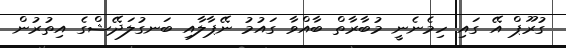
ގުރޫޕް އޭ ގައި ހިމެނެނީ މުބާރާތް ބާއްވާ ގައުމު ނޭޕާލާއި ބަނގުލަދޭޝްގެ އިތުރުން